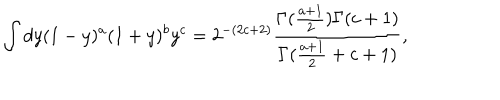
\int d y ( 1 - y ) ^ { a } ( 1 + y ) ^ { b } y ^ { c } = 2 ^ { - ( 2 c + 2 ) } { \frac { \Gamma ( { \frac { a + 1 } { 2 } } ) \Gamma ( c + 1 ) } { \Gamma ( { \frac { a + 1 } { 2 } } + c + 1 ) } } ,